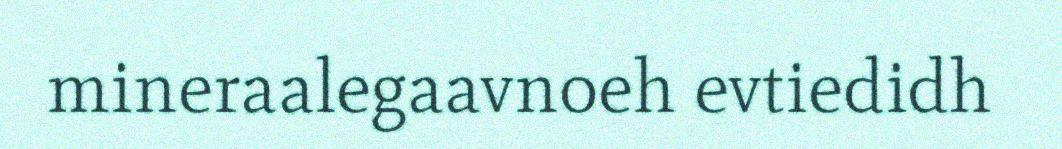
mineraalegaavnoeh evtiedidh